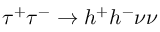
\tau ^ { + } \tau ^ { - } \rightarrow h ^ { + } h ^ { - } \nu \nu